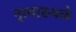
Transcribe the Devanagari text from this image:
नृत्यास्थळे